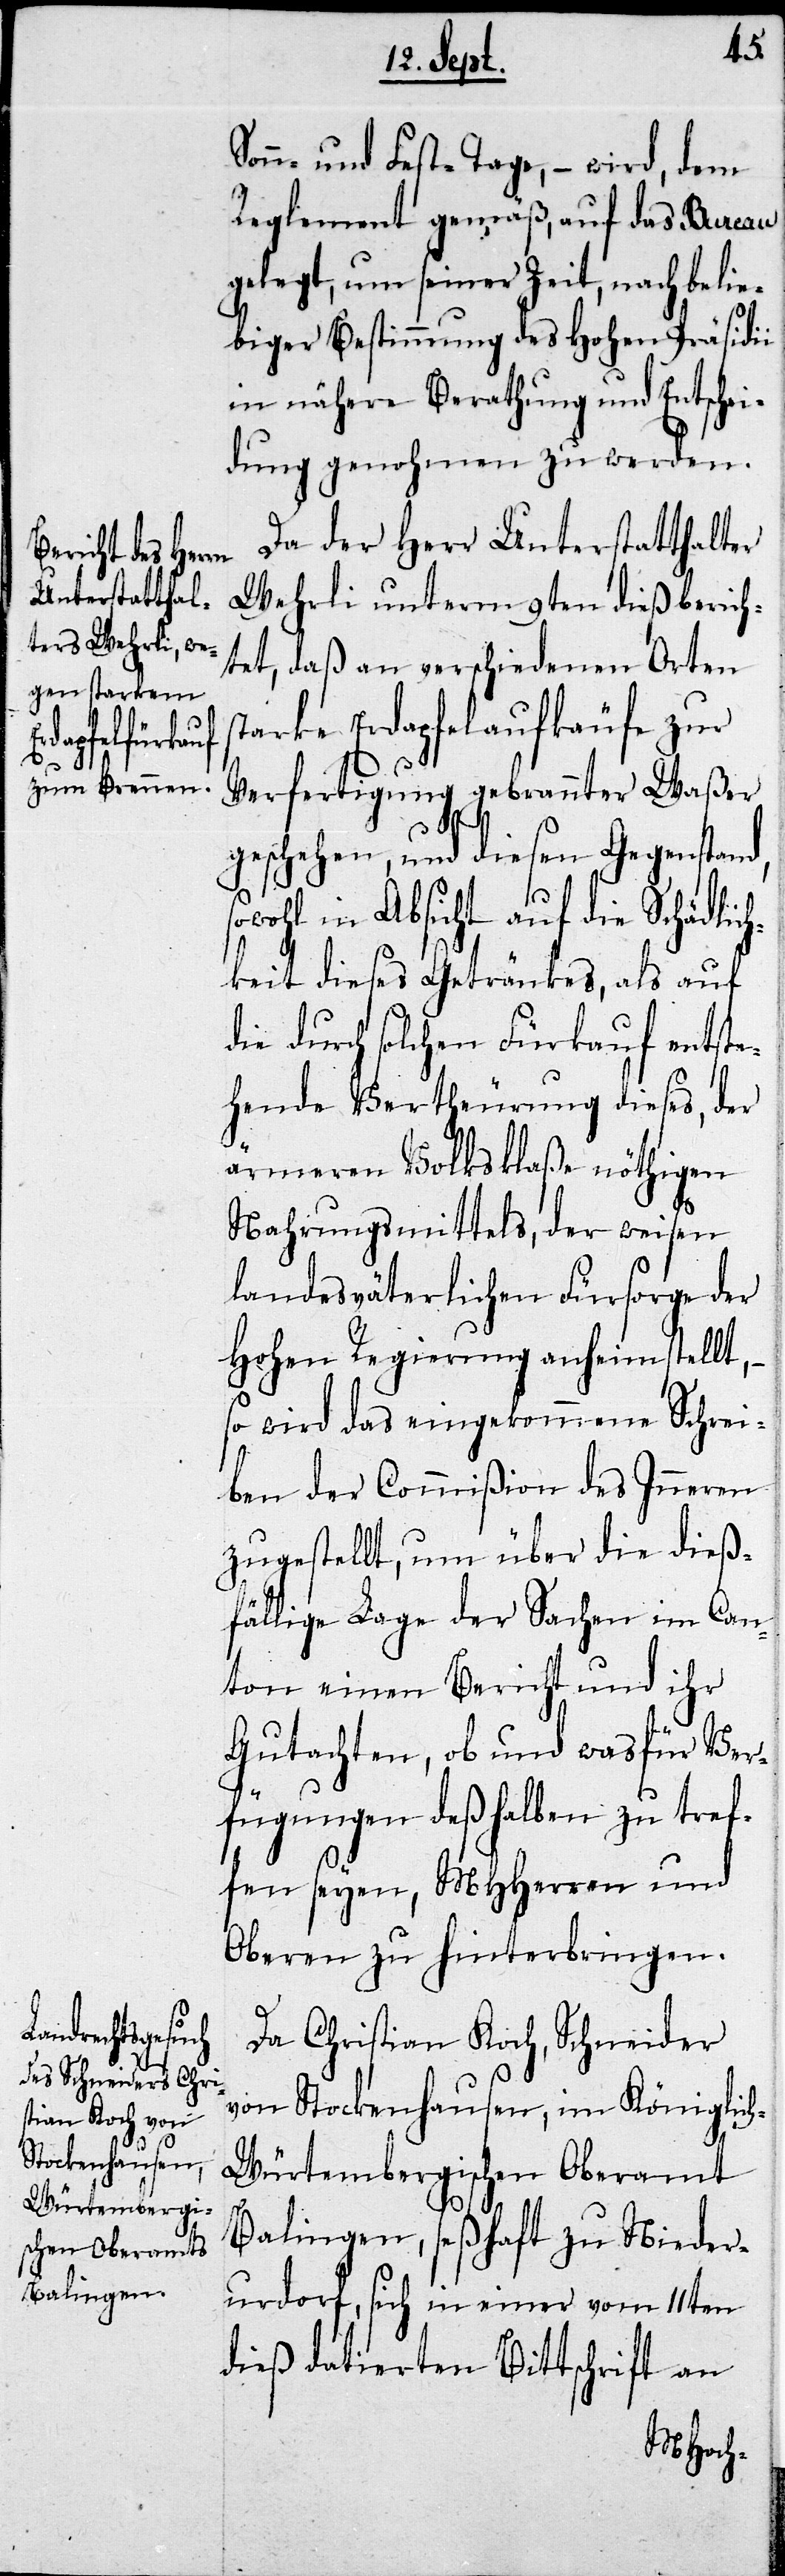
s¬

Sonn- und Fest-Tage, – wird, dem
Reglement gemäß, auf das Bureau
gelegt, um seiner Zeit, nach belie¬
biger Bestimmung des Hohen Präsidii
in nähere Berathung und Entschei¬
dung genohmen zu werden.
Da der Herr Unterstatthalter
Wehrli unterm 9ten dieß berich¬
tet, daß an verschiedenen Orten
tarke Erdapfelaufkäufe zu
Verfertigung gebrannter Waßer
geschehen, und diesen Gegenstand,
owohl in Absicht auf die Schädlic¬
hkeit dieses Getränks, als auf
die durch solchen Fürkauf entste¬
hende Vertheurung dieses, der
ärmeren Volksklaße nöthigen
Nahrungsmittels, der weisen
Landesväterlichen Fürsorge der
Hohen Regierung anheimgestellt, –
so wird das eingekommenen Schrei¬
ben der Commißion des Inneren
zugestellt, um über die dieß¬
fällige Lage der Sachen im Can¬
ton einen Bericht und ihr
Gutachten, ob und was für Ver¬
fügungen deßhalben zu tref¬
fen seyen, MHHerren und
Oberen zu hinterbringen.
Da Christian Koch, Schneider
von Stockenhausen, im Königlic¬
h-Würtembergischen Oberamt
Balingen, seßhaft zu Nieder¬
urdorf, sich in einer vom 11ten
dieß datierten Bittschrift an